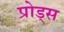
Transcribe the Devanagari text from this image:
प्रोड्स